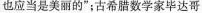
也应当是美丽的”；古希腊数学家毕达哥